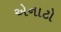
એનાટો